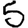
Digit: 5